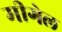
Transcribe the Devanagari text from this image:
मीगेल